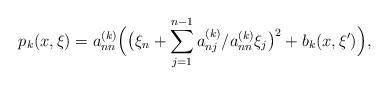
LaTeX: \begin{align*} p_k(x,\xi) = a_{nn}^{(k)} \Big( \big( \xi_n + \sum_{j=1}^{n-1} a_{nj}^{(k)}/ a_{nn}^{(k)} \xi_j \big)^2 + b_k(x,\xi') \Big), \end{align*}